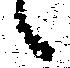
候